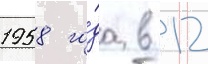
1958 го́да в 12